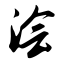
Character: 浍